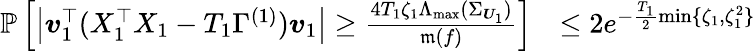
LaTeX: \begin{array}{rl}{\mathbb P\left[\left\vert\boldsymbol{v}_{1}^{\top}(X_{1}^{\top}X_{1}-T_{1}\Gamma^{(1)})\boldsymbol{v}_{1}\right\vert\geq\frac{4T_{1}\zeta_{1}\Lambda_{\operatorname*{max}}(\Sigma_{\boldsymbol{U}_{1}})}{\mathfrak m(f)}\right]}&{\leq 2e^{-\frac{T_{1}}{2}\operatorname*{min}\{ \zeta_{1},\zeta_{1}^{2}\} }}\end{array}